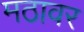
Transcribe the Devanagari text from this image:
मठावर